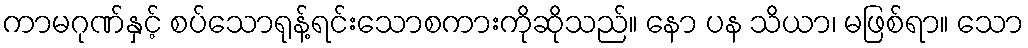
ကာမဂုဏ်နှင့် စပ်သောရုန့်ရင်းသောစကားကိုဆိုသည်။ နော ပန သိယာ၊ မဖြစ်ရာ။ သော